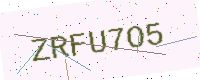
Text: ZRFU7O5